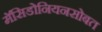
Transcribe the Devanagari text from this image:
मॅसिडोनियनसोबत